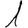
Digit: 1